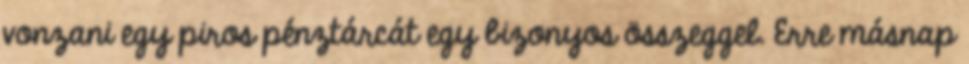
vonzani egy piros pénztárcát egy bizonyos összeggel. Erre másnap